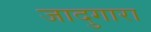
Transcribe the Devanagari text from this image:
जादुगारा